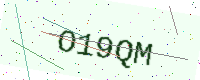
Text: O19QM